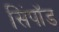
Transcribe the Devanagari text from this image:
सिंपॉड